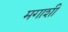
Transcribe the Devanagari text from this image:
मगाशी